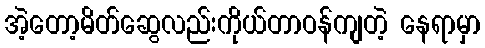
အဲ့တော့မိတ်ဆွေလည်းကိုယ်တာဝန်ကျတဲ့ နေရာမှာ